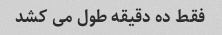
فقط ده دقیقه طول می کشد